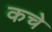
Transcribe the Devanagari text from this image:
कचे